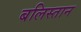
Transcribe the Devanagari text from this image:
बलिस्तान